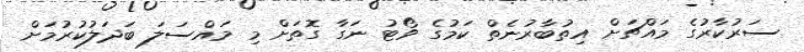
ސަރުކާރުގެ މައްޗަށް އިތުބާރުނެތް ކަމުގެ ވޯޓު ނަގާ ގޮތަށް މި މައްސަލަ ބަދަލުކުރުމަށް